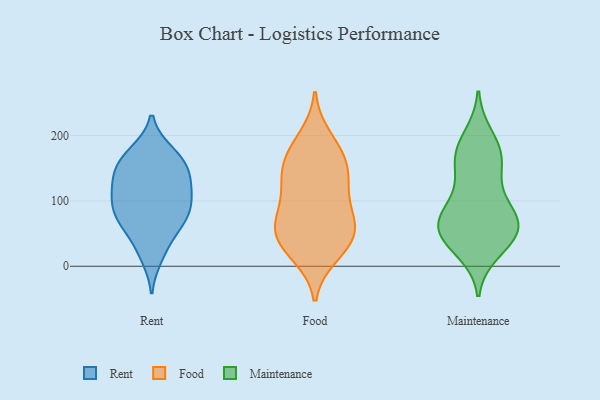
{"axis": {"x": "Conversion Rate (%)", "y": "Value"}, "legend": ["Food", "Maintenance", "Rent"], "data": [{"x": "", "y": 174, "type": "Rent"}, {"x": "", "y": 91, "type": "Rent"}, {"x": "", "y": 121, "type": "Rent"}, {"x": "", "y": 165, "type": "Rent"}, {"x": "", "y": 67, "type": "Rent"}, {"x": "", "y": 119, "type": "Rent"}, {"x": "", "y": 89, "type": "Rent"}, {"x": "", "y": 148, "type": "Rent"}, {"x": "", "y": 148, "type": "Rent"}, {"x": "", "y": 146, "type": "Rent"}, {"x": "", "y": 67, "type": "Rent"}, {"x": "", "y": 80, "type": "Rent"}, {"x": "", "y": 64, "type": "Rent"}, {"x": "", "y": 119, "type": "Rent"}, {"x": "", "y": 171, "type": "Rent"}, {"x": "", "y": 29, "type": "Rent"}, {"x": "", "y": 105, "type": "Rent"}, {"x": "", "y": 15, "type": "Rent"}, {"x": "", "y": 48, "type": "Food"}, {"x": "", "y": 127, "type": "Food"}, {"x": "", "y": 145, "type": "Food"}, {"x": "", "y": 196, "type": "Food"}, {"x": "", "y": 18, "type": "Food"}, {"x": "", "y": 55, "type": "Food"}, {"x": "", "y": 147, "type": "Food"}, {"x": "", "y": 58, "type": "Food"}, {"x": "", "y": 25, "type": "Food"}, {"x": "", "y": 129, "type": "Food"}, {"x": "", "y": 71, "type": "Food"}, {"x": "", "y": 78, "type": "Food"}, {"x": "", "y": 174, "type": "Food"}, {"x": "", "y": 97, "type": "Food"}, {"x": "", "y": 38, "type": "Food"}, {"x": "", "y": 174, "type": "Food"}, {"x": "", "y": 37, "type": "Maintenance"}, {"x": "", "y": 82, "type": "Maintenance"}, {"x": "", "y": 57, "type": "Maintenance"}, {"x": "", "y": 72, "type": "Maintenance"}, {"x": "", "y": 153, "type": "Maintenance"}, {"x": "", "y": 166, "type": "Maintenance"}, {"x": "", "y": 60, "type": "Maintenance"}, {"x": "", "y": 63, "type": "Maintenance"}, {"x": "", "y": 190, "type": "Maintenance"}, {"x": "", "y": 46, "type": "Maintenance"}, {"x": "", "y": 163, "type": "Maintenance"}, {"x": "", "y": 68, "type": "Maintenance"}, {"x": "", "y": 117, "type": "Maintenance"}, {"x": "", "y": 22, "type": "Maintenance"}, {"x": "", "y": 32, "type": "Maintenance"}, {"x": "", "y": 106, "type": "Maintenance"}, {"x": "", "y": 72, "type": "Maintenance"}, {"x": "", "y": 200, "type": "Maintenance"}, {"x": "", "y": 165, "type": "Maintenance"}]}